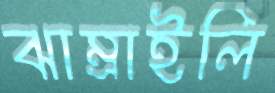
ঝাম্‌রাইলি